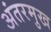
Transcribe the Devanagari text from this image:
अंतरमुख